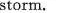
storm.